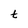
Character: t